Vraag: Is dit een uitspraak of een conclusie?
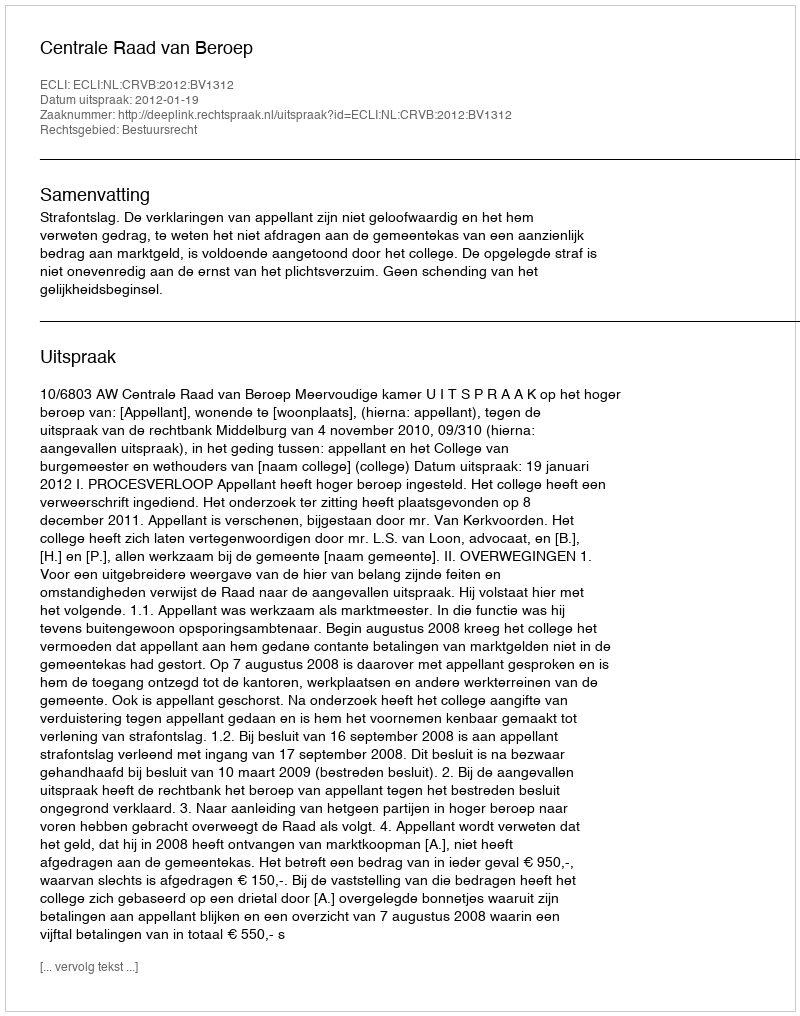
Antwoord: Uitspraak